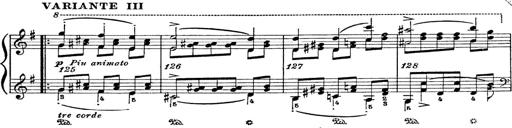
Title: 6 Polish Songs
Composer: Franz Liszt